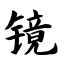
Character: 镜